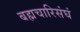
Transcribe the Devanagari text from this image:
बह्मचारिसंघं